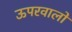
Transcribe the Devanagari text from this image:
ऊपरवालों